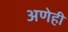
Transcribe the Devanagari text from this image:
अणेही